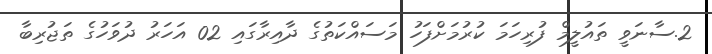
2.ސާނަވީ ތައުލީމް ފުރިހަމަ ކުރުމަށްފަހު މަސައްކަތުގެ ދާއިރާގައި 02 އަހަރު ދުވަހުގެ ތަޖުރިބާ